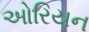
ઓરિયન